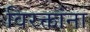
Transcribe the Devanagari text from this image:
विरक्तांना